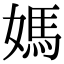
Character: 媽